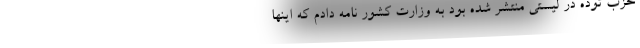
حزب توده در لیستی منتشر شده بود به وزارت کشور نامه دادم که اینها